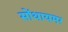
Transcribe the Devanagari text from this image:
सोंथायमर